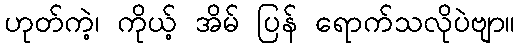
ဟုတ်ကဲ့၊ ကိုယ့် အိမ် ပြန် ရောက်သလိုပဲဗျာ။